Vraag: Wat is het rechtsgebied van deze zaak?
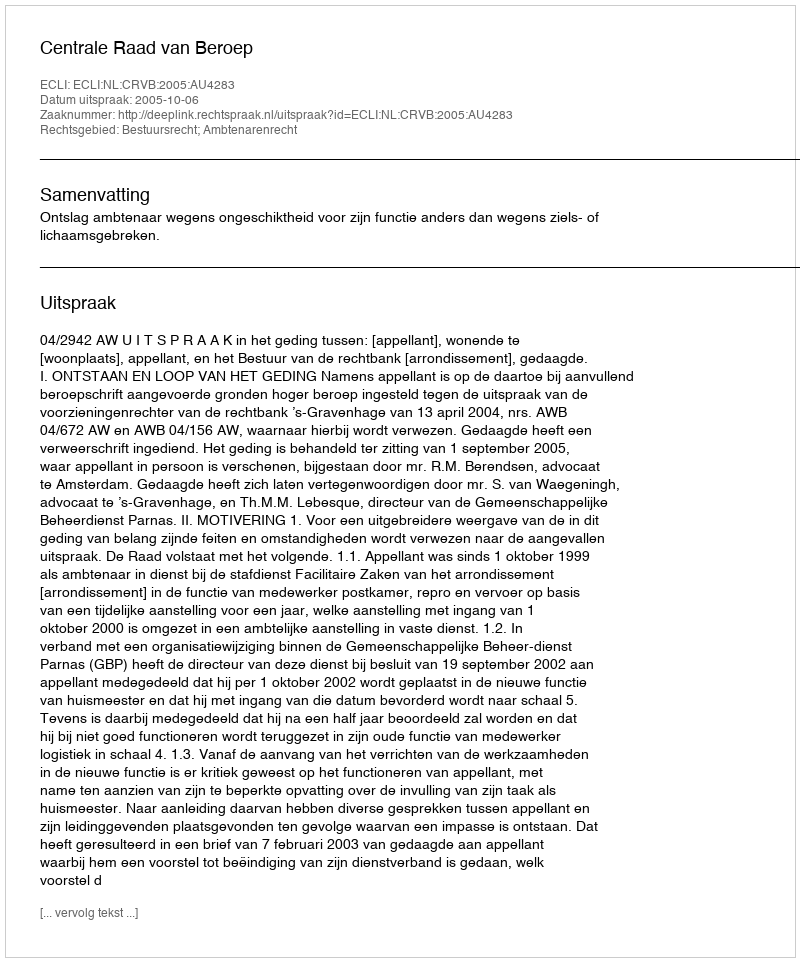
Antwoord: Bestuursrecht; Ambtenarenrecht